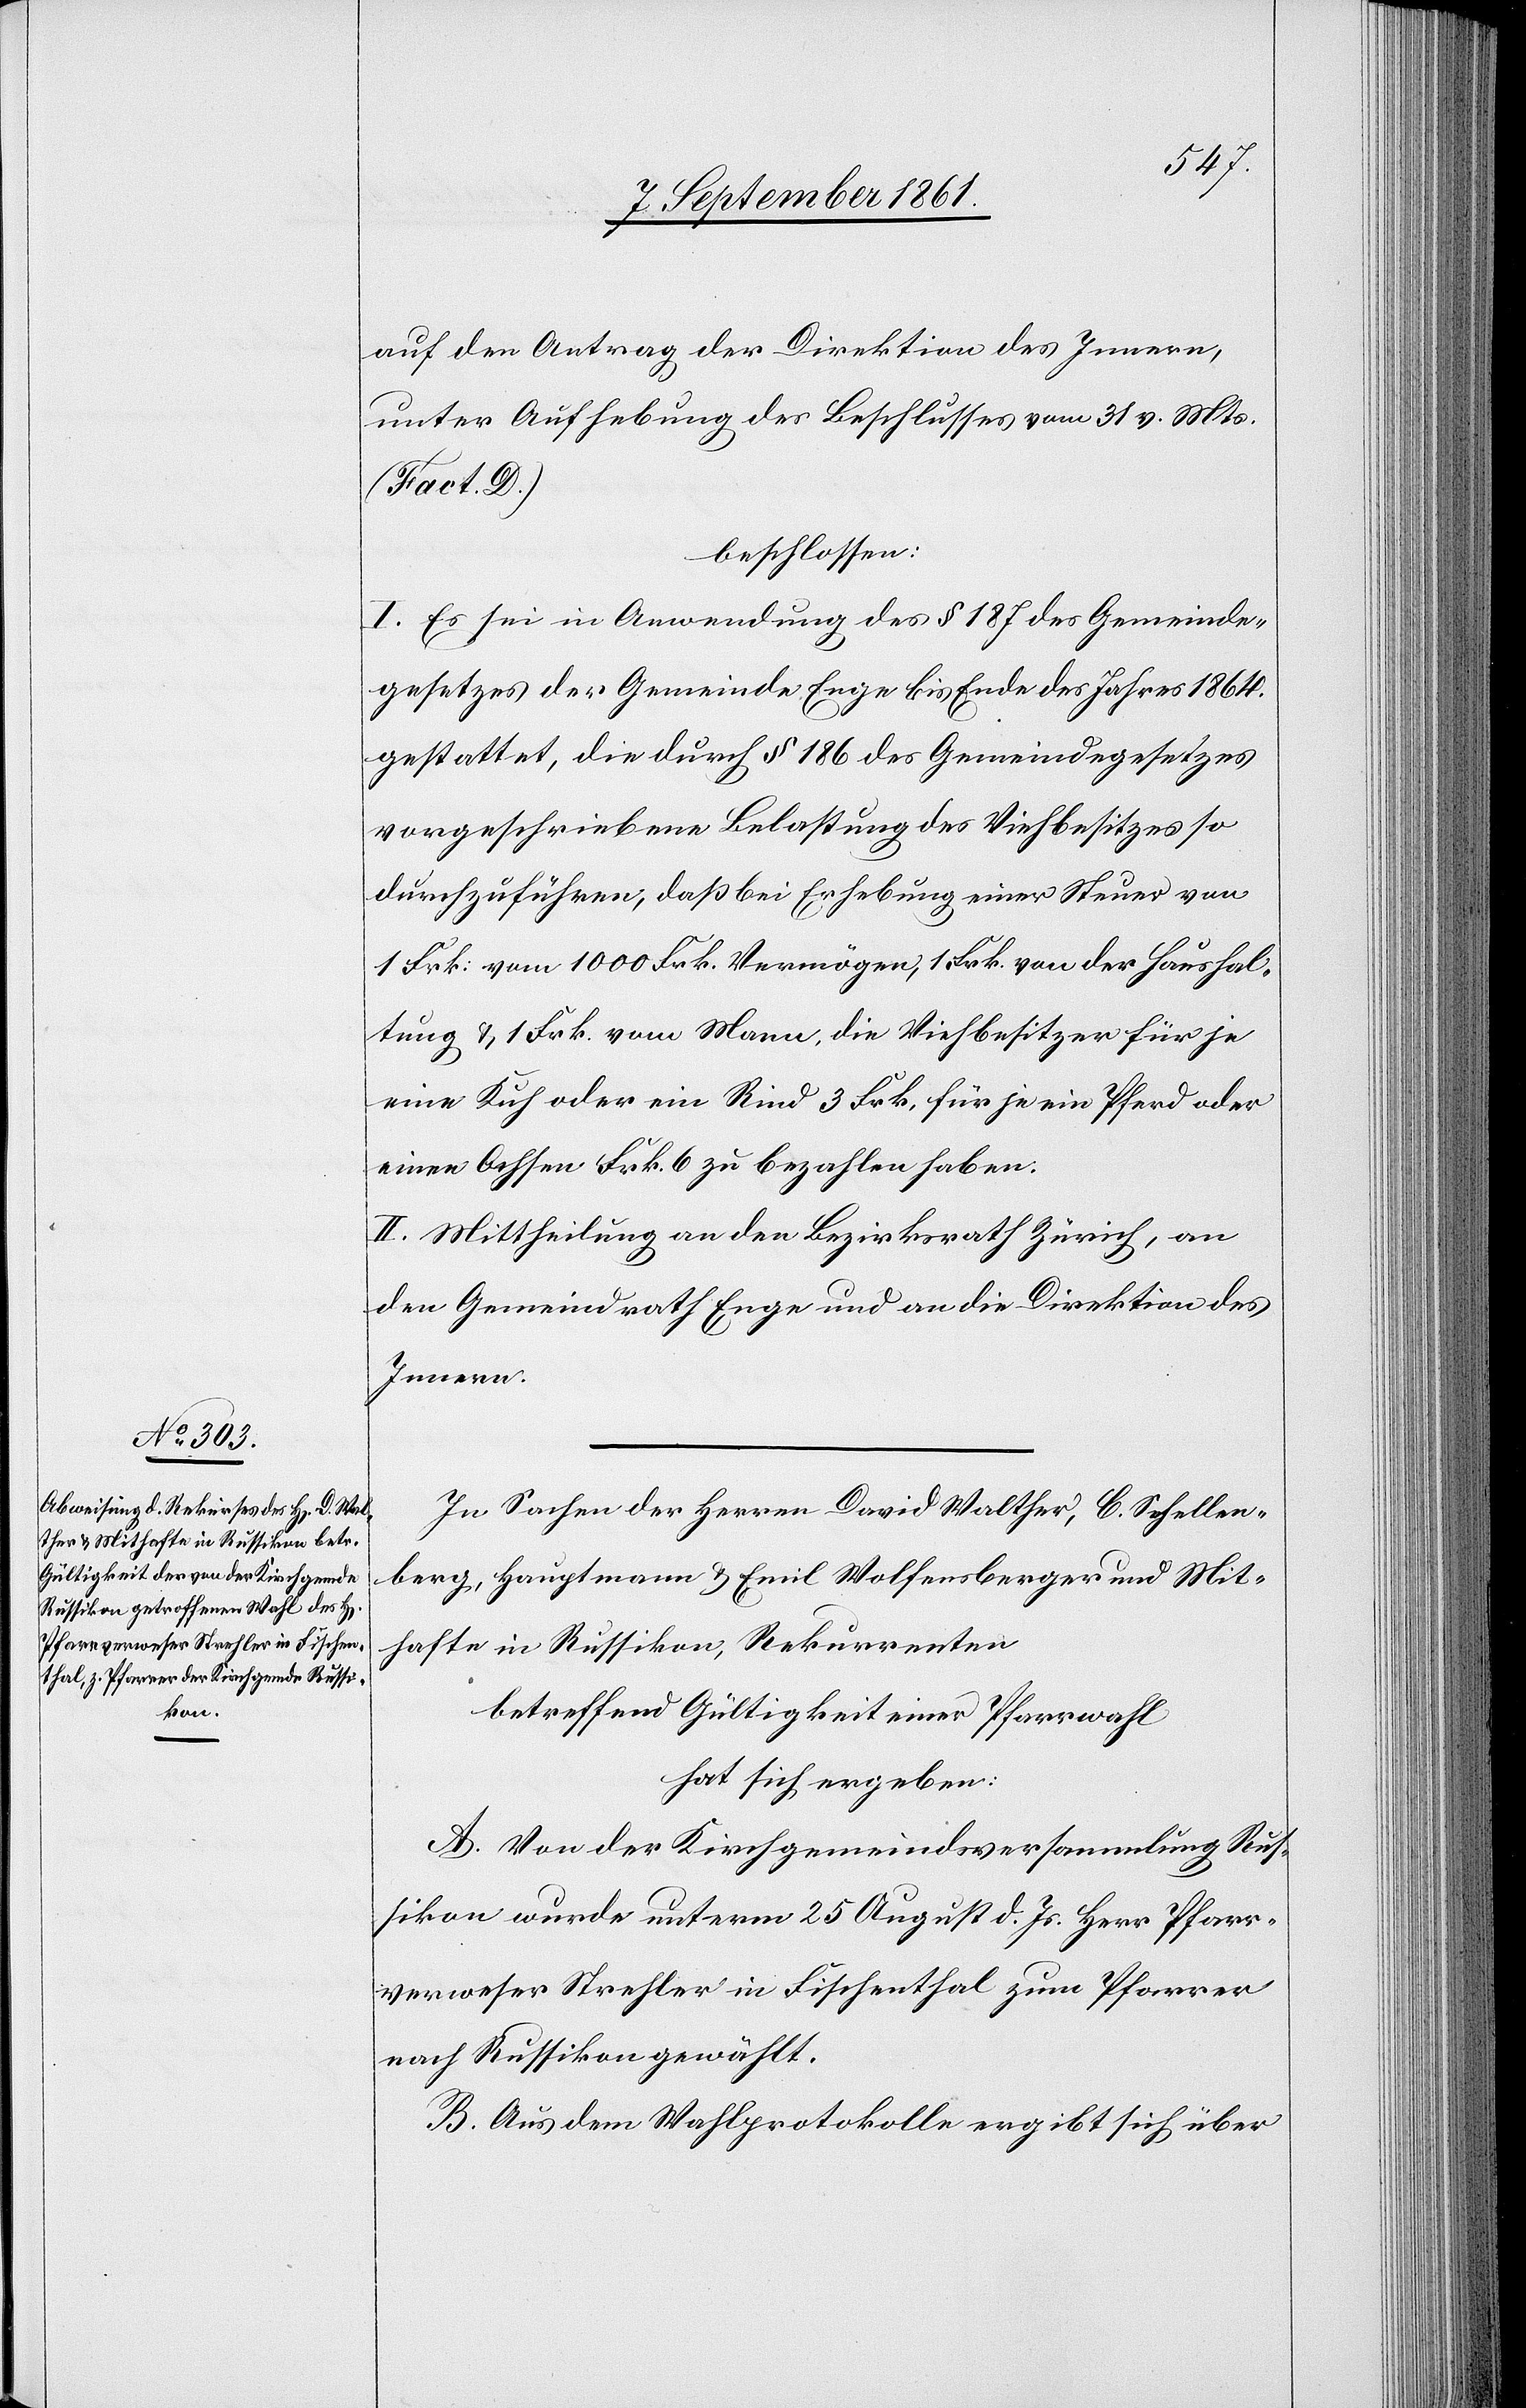
auf den Antrag der Direktion des Innern,
unter Aufhebung des Beschlusses vom 31 v. Mts.
(Fact. D)
beschlossen:
I. Es sei in Anwendung des § 187 des Gemeinde¬
gesetzes der Gemeinde Enge bis Ende des Jahres 1864.
gestattet, die durch § 186 des Gemeindegesetzes
vorgeschriebene Belastung des Viehbesitzes so
durchzuführen, daß bei Erhebung einer Steuer von
1 Frk. vom 1000 Frk. Vermögen, 1 Frk. von der Haushal¬
tung u. 1 Frk. vom Mann, die Viehbesitzer für je
eine Kuh oder ein Rind 3 Frk. für je ein Pferd oder
einen Ochsen Frk. 6 zu bezahlen haben.
II. Mittheilung an den Bezirksrath Zürich, an
den Gemeindrath Enge und an die Direktion des
Innern.
In Sachen der Herrn David Walther, C. Schellen¬
berg, Hauptmann u. Emil Wolfensberger und Mit¬
hafte in Russikon, Rekurrenten
betreffend Gültigkeit einer Pfarrwahl
hat sich ergeben:
A. Von der Kirchgemeindsversammlung Rus¬
sikon wurde unterm 25 August d. Js. Herr Pfarr¬
verweser Strehler in Fischenthal zum Pfarrer
nach Russikon gewählt.
B. Aus dem Wahlprotokolle ergibt sich über